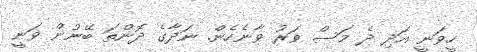
ހީވަނީ އަދި ދެ މަސް ވަރު ވާނެހެން. ނަދާގެ ދޮންތަ ބޭނުން ވަނީ